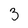
Character: 3